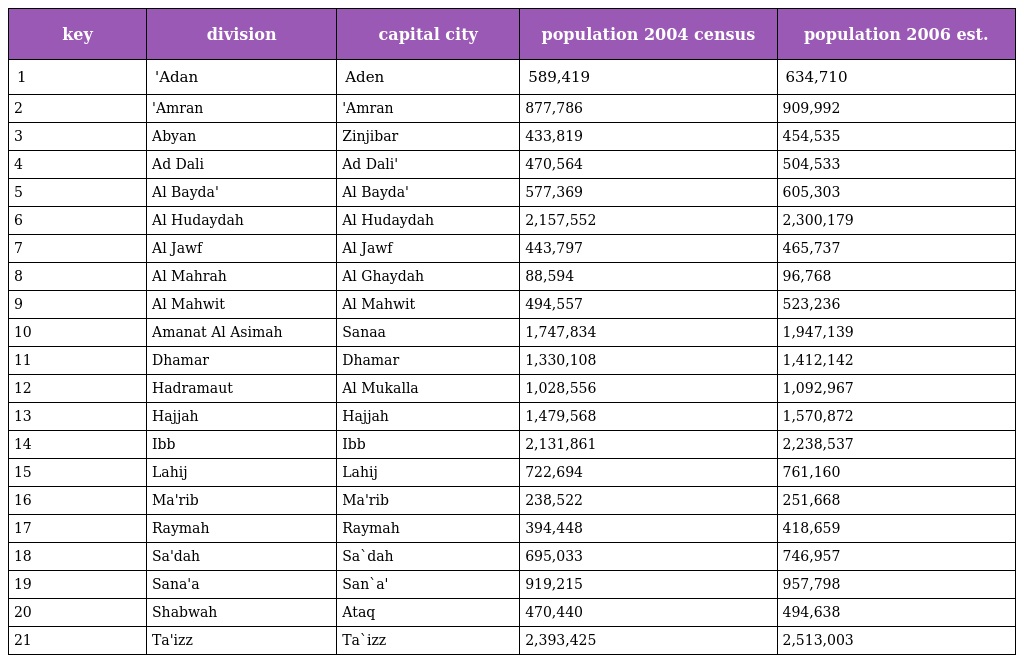
| key | division | capital city | population 2004 census | population 2006 est. |
 | --- | --- | --- | --- | --- |
 | 1 | 'Adan | Aden | 589,419 | 634,710 |
 | 2 | 'Amran | 'Amran | 877,786 | 909,992 |
 | 3 | Abyan | Zinjibar | 433,819 | 454,535 |
 | 4 | Ad Dali | Ad Dali' | 470,564 | 504,533 |
 | 5 | Al Bayda' | Al Bayda' | 577,369 | 605,303 |
 | 6 | Al Hudaydah | Al Hudaydah | 2,157,552 | 2,300,179 |
 | 7 | Al Jawf | Al Jawf | 443,797 | 465,737 |
 | 8 | Al Mahrah | Al Ghaydah | 88,594 | 96,768 |
 | 9 | Al Mahwit | Al Mahwit | 494,557 | 523,236 |
 | 10 | Amanat Al Asimah | Sanaa | 1,747,834 | 1,947,139 |
 | 11 | Dhamar | Dhamar | 1,330,108 | 1,412,142 |
 | 12 | Hadramaut | Al Mukalla | 1,028,556 | 1,092,967 |
 | 13 | Hajjah | Hajjah | 1,479,568 | 1,570,872 |
 | 14 | Ibb | Ibb | 2,131,861 | 2,238,537 |
 | 15 | Lahij | Lahij | 722,694 | 761,160 |
 | 16 | Ma'rib | Ma'rib | 238,522 | 251,668 |
 | 17 | Raymah | Raymah | 394,448 | 418,659 |
 | 18 | Sa'dah | Sa`dah | 695,033 | 746,957 |
 | 19 | Sana'a | San`a' | 919,215 | 957,798 |
 | 20 | Shabwah | Ataq | 470,440 | 494,638 |
 | 21 | Ta'izz | Ta`izz | 2,393,425 | 2,513,003 |